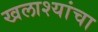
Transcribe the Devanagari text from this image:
खलाश्यांचा